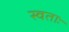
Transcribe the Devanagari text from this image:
स्वताः